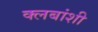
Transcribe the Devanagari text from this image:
क्लबांशी